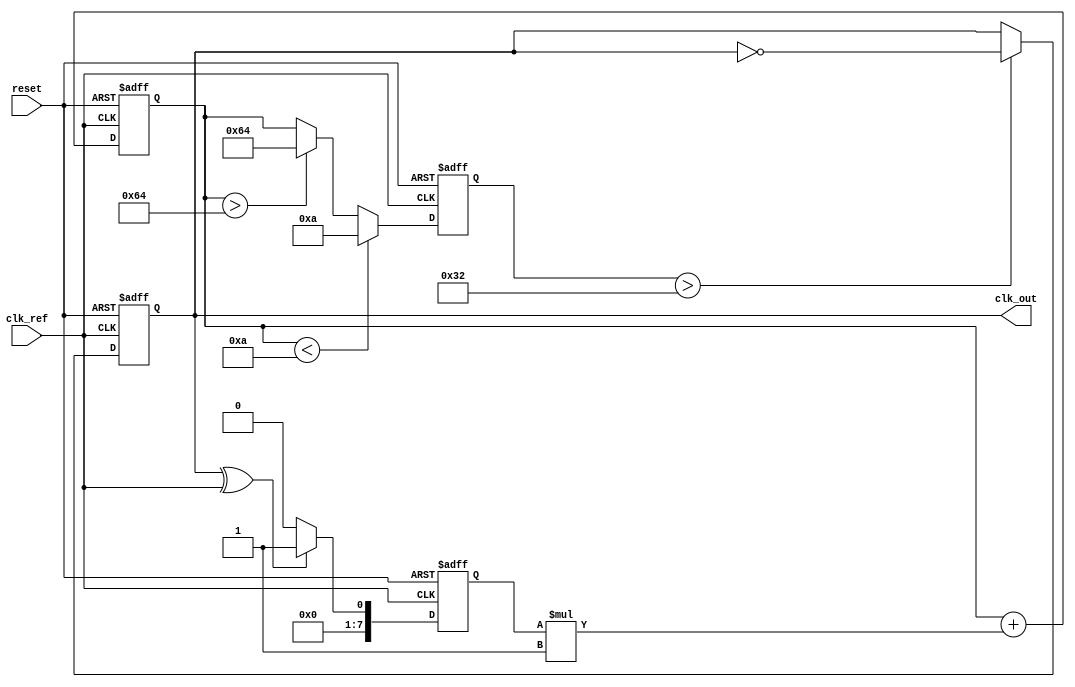
module continuous_time_PLL (
    input wire clk_ref,          // Reference clock input
    input wire reset,            // Reset signal
    output wire clk_out          // Output clock
);

// Parameters for VCO and Loop Filter
parameter VCO_MAX_FREQ = 100;  // Maximum VCO frequency
parameter VCO_MIN_FREQ = 10;   // Minimum VCO frequency
parameter K_PD = 1;            // Phase Detector gain
parameter K_LF = 1;            // Loop Filter gain

// Internal signals
reg [7:0] phase_error;          // Phase error signal
reg [7:0] control_voltage;       // Control voltage to VCO
reg vco_output;                  // VCO output signal
reg [7:0] vco_frequency;         // VCO frequency control

// Phase Detector
always @(posedge clk_ref or posedge reset) begin
    if (reset) begin
        phase_error <= 0;
    end else begin
        // Simple phase detector logic (e.g., XOR for phase comparison)
        phase_error <= (vco_output ^ clk_ref) ? K_PD : 0; // Placeholder logic
    end
end

// Loop Filter (Simple first-order low-pass filter)
always @(posedge clk_ref or posedge reset) begin
    if (reset) begin
        control_voltage <= 0;
    end else begin
        control_voltage <= control_voltage + (phase_error * K_LF); // Integrate error
    end
end

// Voltage-Controlled Oscillator (VCO)
always @(posedge clk_ref or posedge reset) begin
    if (reset) begin
        vco_frequency <= VCO_MIN_FREQ;
        vco_output <= 0;
    end else begin
        // Adjust VCO frequency based on control voltage
        if (control_voltage < VCO_MIN_FREQ) begin
            vco_frequency <= VCO_MIN_FREQ;
        end else if (control_voltage > VCO_MAX_FREQ) begin
            vco_frequency <= VCO_MAX_FREQ;
        end else begin
            vco_frequency <= control_voltage; // Direct mapping for simplicity
        end

        // Generate the VCO output clock based on the frequency
        vco_output <= (vco_frequency > 50) ? ~vco_output : vco_output; // Placeholder logic
    end
end

// Assign output clock
assign clk_out = vco_output;

endmodule